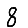
Digit: 8